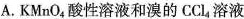
)A.KMnO4酸性溶液和溴的CCL4溶液